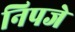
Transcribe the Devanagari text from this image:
निपजे